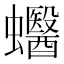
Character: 𧕪